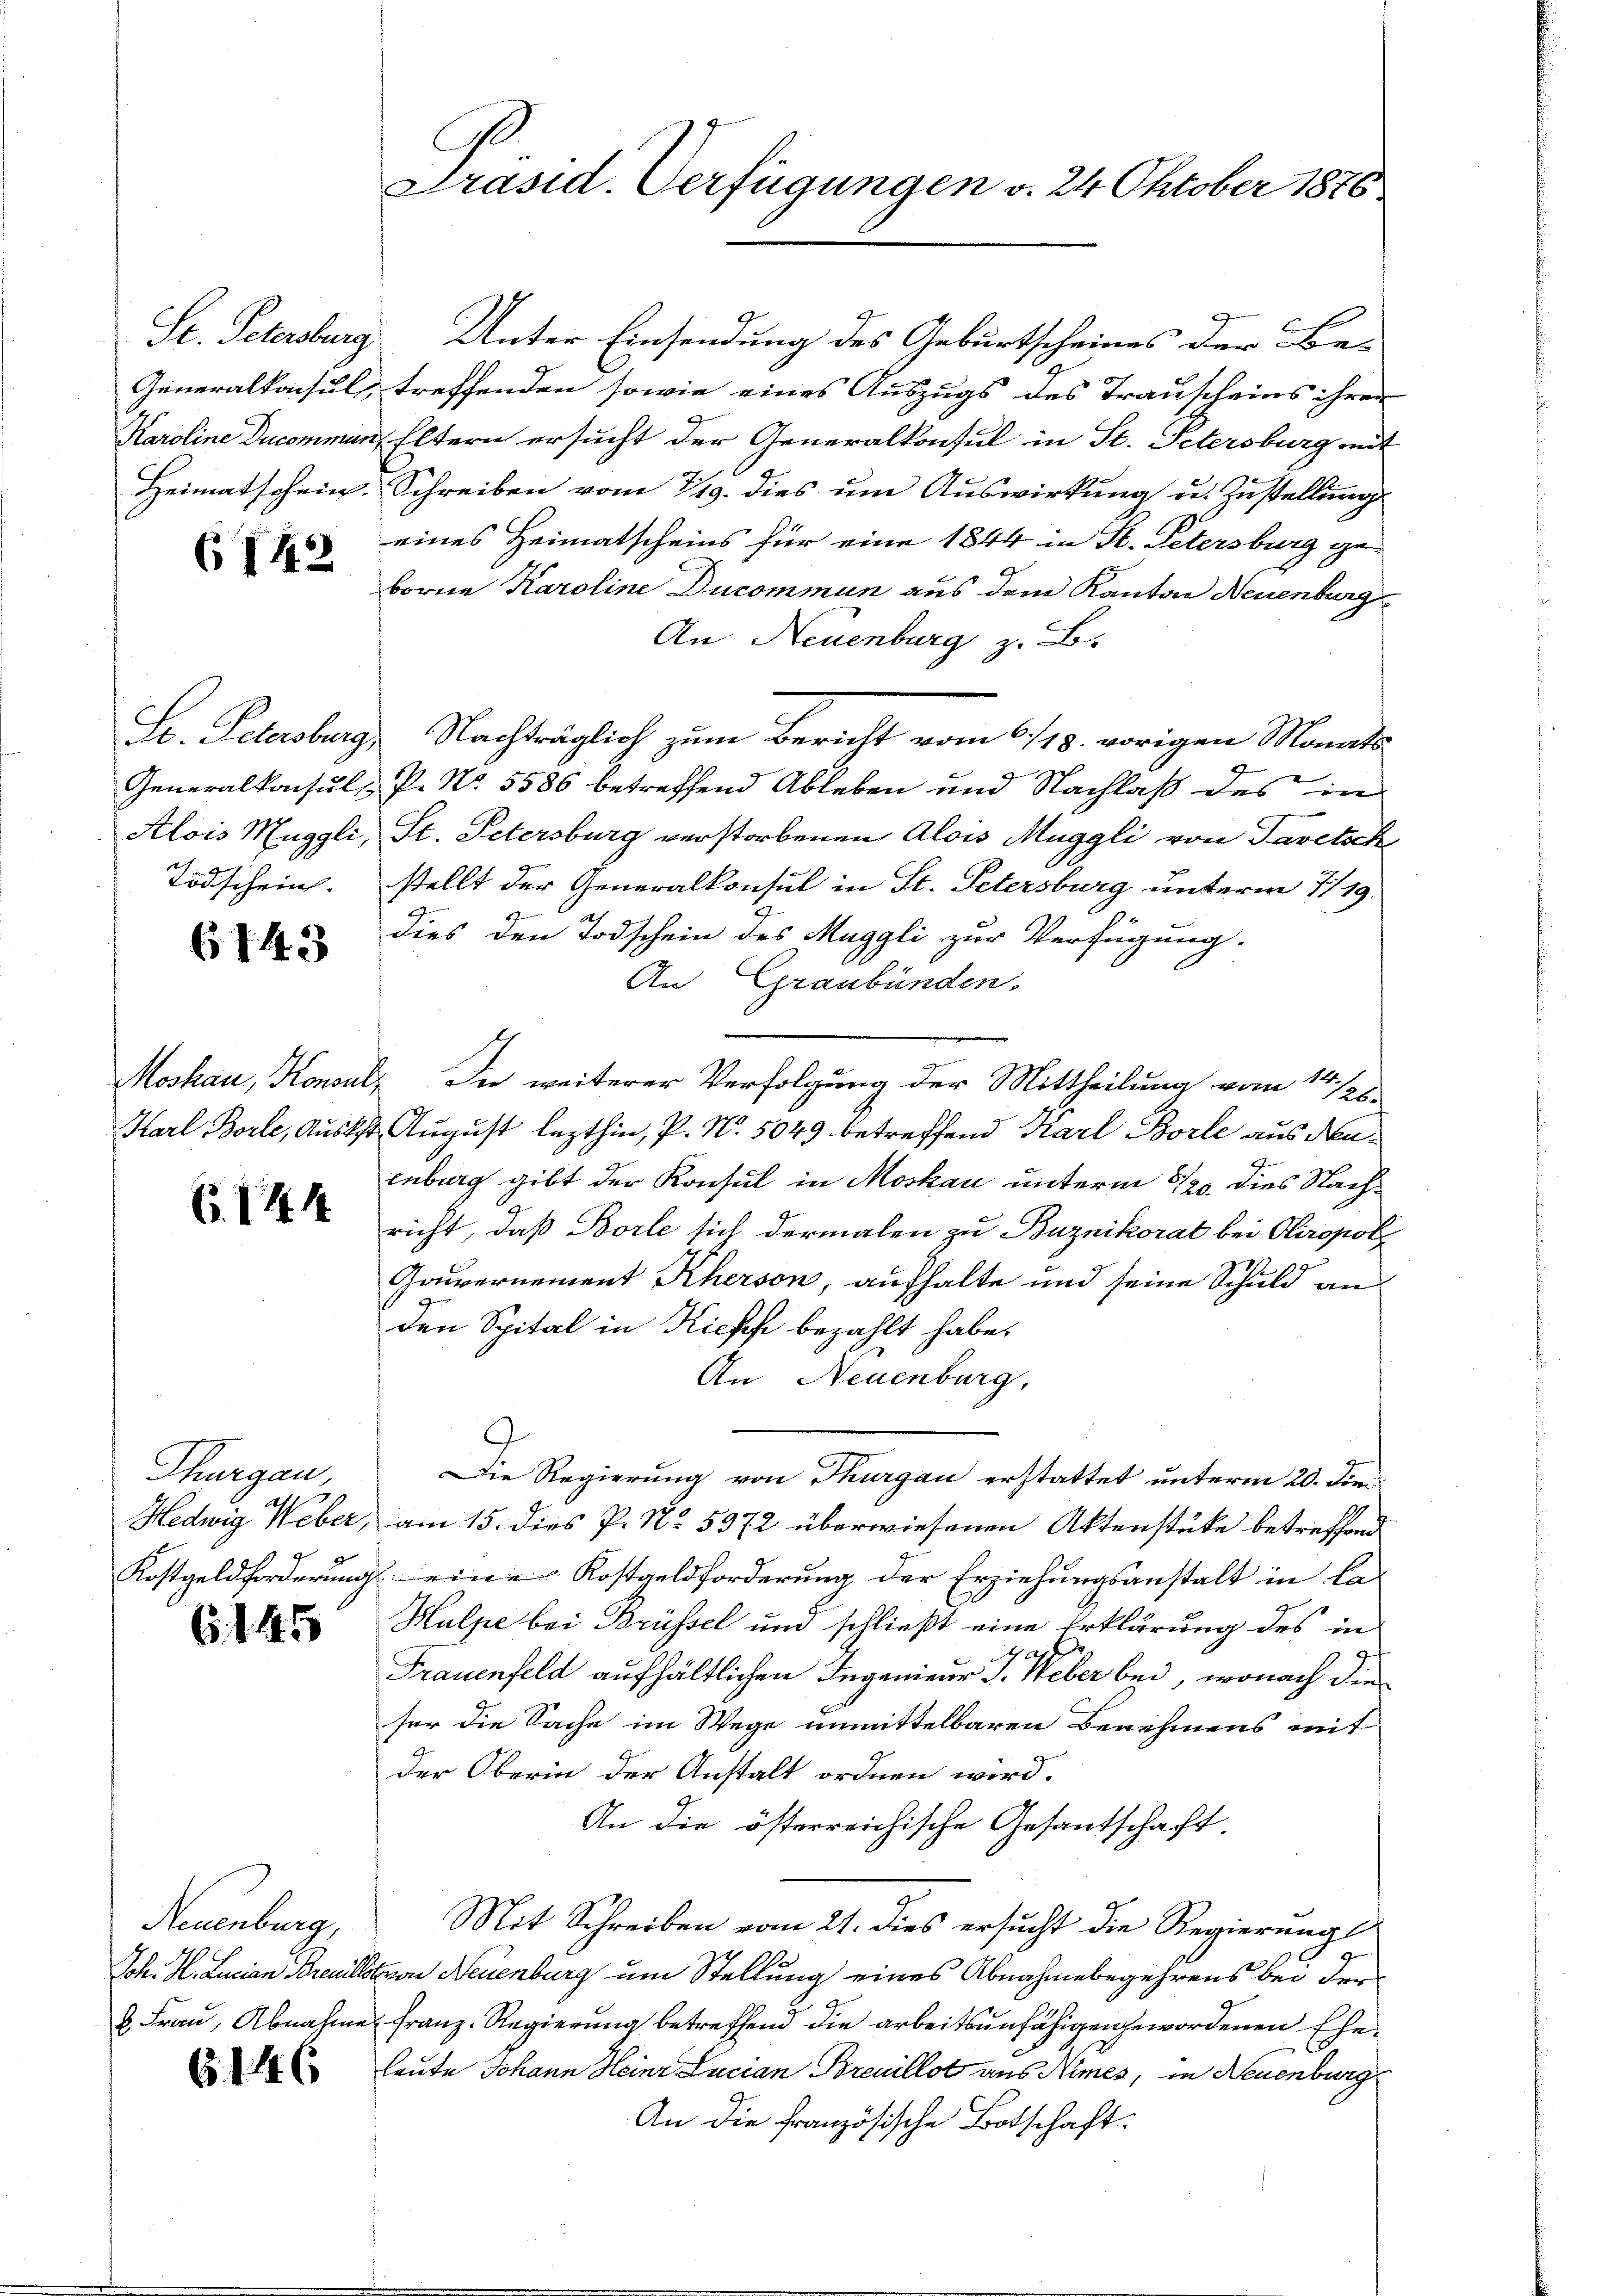
Generalkonsul,
Heimatschein.

6142

So. Petersburg,
Tödschein.

6143

Moskau, Konsul,

6. 1444

Thurgau,

6145

Neuenburg,
Joh. H. Lucian Brautle
6 Frau, Abnahme

61446

Präsid. Verfügungen v. 24 Oktober 1876

St. Petersburg. Unter Einsendung des Geburtscheines der Be-
treffenden sowie eines Auszugs des Trauscheins ihrer
Karoline Ducommen, Eltern ersucht der Generalkonsul in St. Petersburg mit
Schreiben vom 319. dies um Auswirkung u. Zustellung
eines Heimatscheins für eine 1844 in St. Petersburg ge-
borne Karoline Ducommun aus dem Kanton Neuenburg
An Neuenburg z. B.
 Nachträglich zum Bericht vom 6./13. vorigen Monats-
Generalkonsuls P. Nr. 5586 betreffend Ableben und Nachlaß des in
Alois Muggli, St. Petersburg verstorbenen Alois Muggli von Tavetsch
stellt der Generalkonsul in St. Petersburg unterm 7/19.
dies den Todschein des Muggli zur Verfügung.
An Graubünden.
. In weiterer Verfolgung der Mittheilung vom 14. 128.
Karl Borle, Auskst. August lezthin, P. N. 5049 betreffend Karl Borle aus denenburg gibt der Konsul in Moskau unterm 5/20. dies Nachricht, daß Borle sich dermalen zu Buznikorat bei Chropoli
Gouvernement Kherson, aufhalte und seine Schuld an
29.
den Spital in Kieff bezahlt habe.
An Neuenburg.
Die Regierung von Thurgau erstattet unterm 20. den
Hedwig Weber, am 15. dies P. Nr. 5372 überwiesenen Aktenstüke betreffend
Kostgeldforderung eine Kostgeldforderung der Erziehungsanstalt in Ca¬
Hulpe bei Brüssel und schließt eine Erklärung des in
Frauenfeld aufhältlichen Ingenieur J. Weber bei, wonach die
ser die Sache im Wege unmittelbaren Benehmens mit
der Oberin der Anstalt ordnen wird.
An die österreichische Gesandschaft,
Mit Schreiben vom 21. dies ersucht die Regierungs¬
2
von Neuenburg um Stellung eines Abnahmebegehrens bei der
 Franz-Regierung betreffend die arbeitsunfähigen gewordenen Eheleute Johann Heinr Lucian Breuillot aus Nimes, in Neuenburg
An die Französische Botschaft